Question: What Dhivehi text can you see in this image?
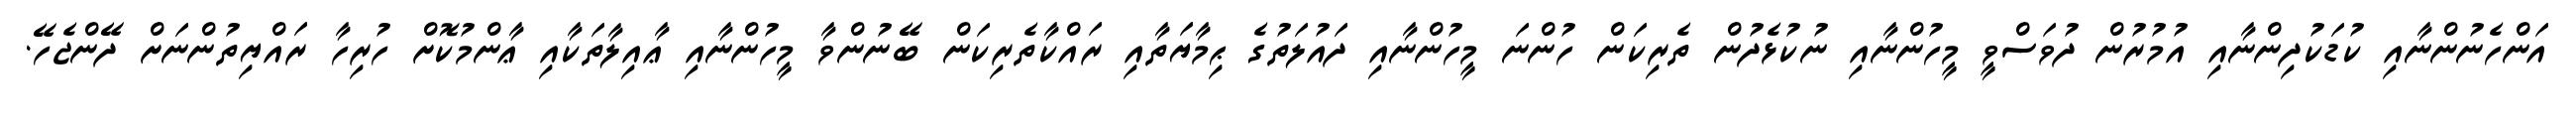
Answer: އަންހެނުންނާއި ކުޑަކުދިންނާއި އުމުރުން ދުވަސްވީ މީހުންނާއި ނުކުޅެދުން ތެރިކަން ހުންނަ މީހުންނާއި ދައުލަތުގެ ޙިމާޔަތާއި ރައްކާތެރިކަން ބޭނުންވާ މީހުންނާއި ޢާއިލާތަކާއި ޢާންމުކޮށް ހުރިހާ ރައްޔިތުންނަށް ދޭންޖެހޭ.